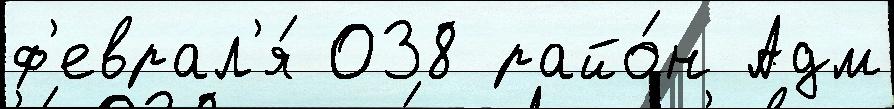
ф'еврал'я́ 038 райо́н Адм